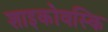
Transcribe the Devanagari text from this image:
शाइकोवस्कि